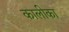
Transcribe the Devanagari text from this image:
कालीका